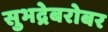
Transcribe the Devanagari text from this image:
सुभद्रेबरोबर